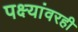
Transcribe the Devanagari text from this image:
पक्ष्यांवरही